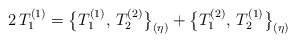
\begin{align*}2\,T_1^{(1)}=\bigl\{T_1^{(1)},\,T_2^{(2)}\bigr\}_{(\eta)}+\bigl\{T_1^{(2)},\,T_2^{(1)}\bigr\}_{(\eta)}\end{align*}